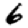
Digit: 6